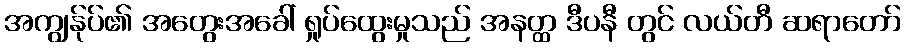
အကျွန်ုပ်၏ အတွေးအခေါ် ရှုပ်ထွေးမှုသည် အနတ္ထ ဒီပနီ တွင် လယ်တီ ဆရာတော်